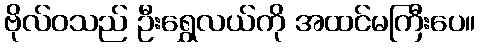
ဗိုလ်ဝသည် ဦးရွှေလယ်ကို အထင်မကြီးပေ။